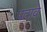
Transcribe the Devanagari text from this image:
पटावे